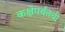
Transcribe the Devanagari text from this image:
कक्षेपर्यंतची